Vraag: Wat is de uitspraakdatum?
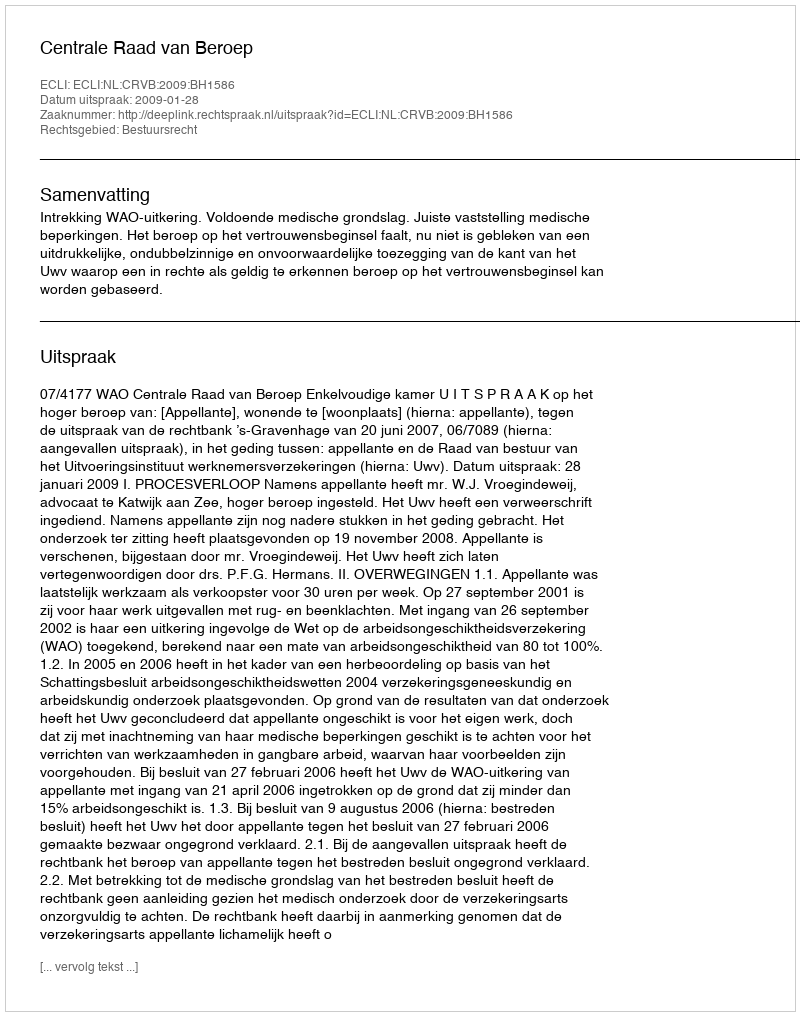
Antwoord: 2009-01-28